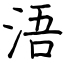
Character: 浯